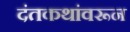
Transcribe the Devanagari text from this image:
दंतकथांवरून